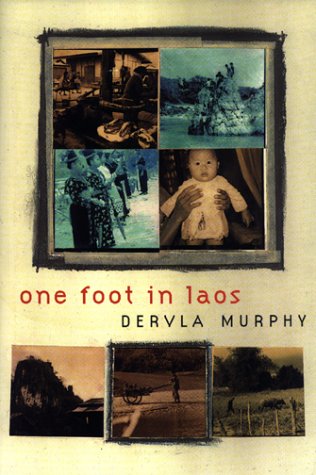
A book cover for One Foot in Laos; Dervla Murphy; Travel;